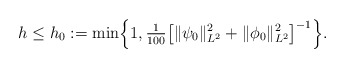
\begin{align*}h\leq h_0 :=\min\Bigl\{1,\tfrac1{100}\bigl[\|\psi_0\|_{L^2}^2 + \|\phi_0\|_{L^2}^2 \bigr]^{-1}\Bigr\}.\end{align*}